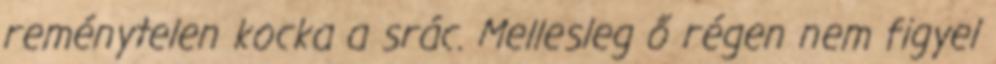
reménytelen kocka a srác. Mellesleg ő régen nem figyel